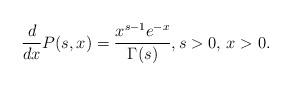
LaTeX: \begin{align*}\frac{d}{dx}P(s,x)=\frac{x^{s-1} e^{-x}}{\Gamma(s)},s>0,\, x>0.\end{align*}